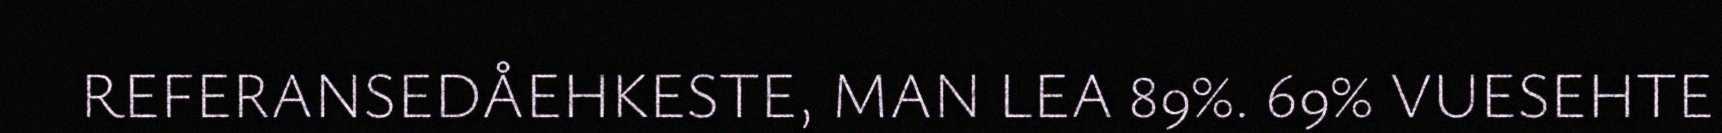
REFERANSEDÅEHKESTE, MAN LEA 89%. 69% VUESEHTE